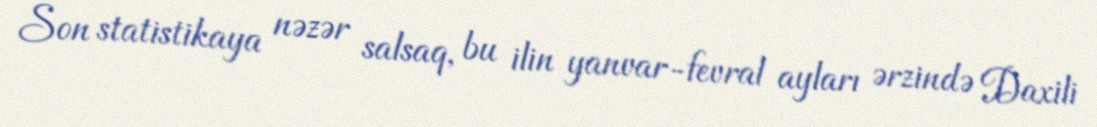
Son statistikaya nəzər salsaq, bu ilin yanvar-fevral ayları ərzində Daxili